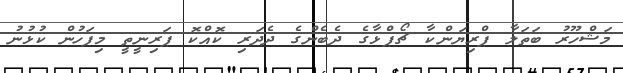
މަޝްހޫރު ބަތަލާ ޕްރިޔަންކާ ޗޯޕްޅާގެ ދެބެންގެ ދެދަރި ކޮއްކޮ ޕަރިނީތީ މިފަހުން ކުޅުނު